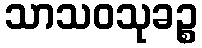
သာသဝသုခဉ္စ